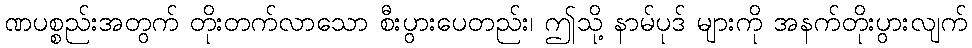
ဏပစ္စည်းအတွက် တိုးတက်လာသော စီးပွားပေတည်း၊ ဤသို့ နာမ်ပုဒ် များကို အနက်တိုးပွားလျက်